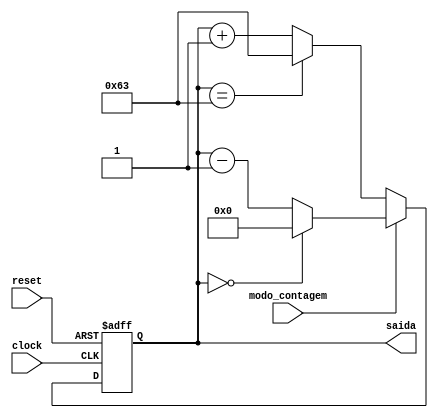
module contador_assincrono_mod100(clock, reset, modo_contagem, saida);

	input	modo_contagem, clock, reset;
		
	output reg [6:0] saida;
	
	parameter INICIAL = 7'd0, LIMITE = 7'd99, PASSO = 7'd1;		

	initial saida = INICIAL;
	
	always @ (posedge clock or negedge reset)
	
		if (!reset) saida = INICIAL;
		
		else begin 
		
			if (modo_contagem) saida = saida == INICIAL ? INICIAL : saida - PASSO;
		
			else saida = saida == LIMITE ? LIMITE : saida + PASSO;
			
		end
		
endmodule